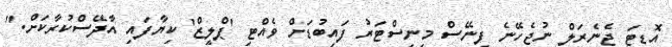
އޮޑިޓަ ޖެނެރަލް ނުޖެހޭނެ ފިނޭސް މިނިސްޓަރު ފައިބުޑަށް ވެއްޓި 'ޕްލީޒް' ކިޔާފައި އާދޭސްކުރާކަށް."